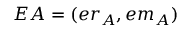
E A = ( e r _ { A } , e m _ { A } )